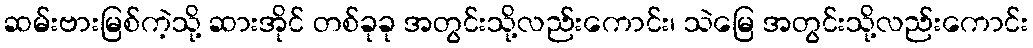
ဆမ်းဗားမြစ်ကဲ့သို့ ဆားအိုင် တစ်ခုခု အတွင်းသို့လည်းကောင်း၊ သဲမြေ အတွင်းသို့လည်းကောင်း